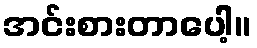
အင်းစားတာပေါ့။